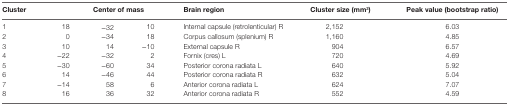
<table><thead><tr><td><b>Cluster</b></td><td colspan="3"><b>Center of mass</b></td><td><b>Brain region</b></td><td><b>Cluster size (mm<sup>3</sup>)</b></td><td><b>Peak value (bootstrap ratio)</b></td></tr></thead><tbody><tr><td>1</td><td>18</td><td>−32</td><td>10</td><td>Internal capsule (retrolenticular) R</td><td>2,152</td><td>6.03</td></tr><tr><td>2</td><td>0</td><td>−34</td><td>18</td><td>Corpus callosum (splenium) R</td><td>1,160</td><td>4.85</td></tr><tr><td>3</td><td>10</td><td>14</td><td>−10</td><td>External capsule R</td><td>904</td><td>6.57</td></tr><tr><td>4</td><td>−22</td><td>−32</td><td>2</td><td>Fornix (cres) L</td><td>720</td><td>4.69</td></tr><tr><td>5</td><td>−30</td><td>−60</td><td>34</td><td>Posterior corona radiata L</td><td>640</td><td>5.92</td></tr><tr><td>6</td><td>14</td><td>−46</td><td>44</td><td>Posterior corona radiata R</td><td>632</td><td>5.04</td></tr><tr><td>7</td><td>−14</td><td>58</td><td>6</td><td>Anterior corona radiata L</td><td>624</td><td>7.07</td></tr><tr><td>8</td><td>16</td><td>36</td><td>32</td><td>Anterior corona radiata R</td><td>552</td><td>4.59</td></tr></tbody></table>